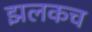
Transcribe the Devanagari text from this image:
झलकच